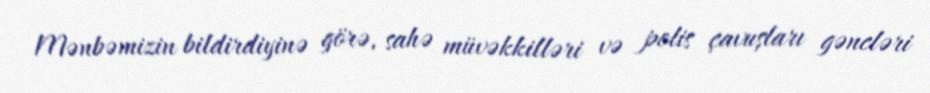
Mənbəmizin bildirdiyinə görə, sahə müvəkkilləri və polis çavuşları gəncləri